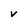
Character: V